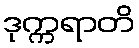
ဒုက္ကရာတိ